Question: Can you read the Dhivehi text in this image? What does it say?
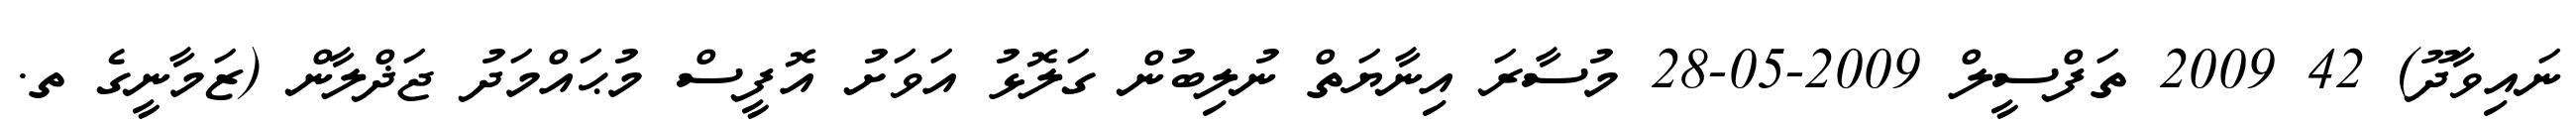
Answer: ނައިވާދޫ) 42 2009 ތަފްސީލް 2009-05-28 މުސާރަ އިނާޔަތް ނުލިބުން ގަލޮޅު އަވަށު އޮފީސް މުޙައްމަދު ޖަޛްލާން (ޒަމާނީގެ ތ.